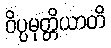
ဝိပ္ပမုတ္တိယာတိ